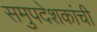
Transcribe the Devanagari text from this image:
समुपदेशकांची